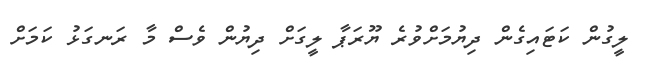
ލީގުން ކަޓައިގެން ދިޔުމަށްވުރެ ޔޫރަޕާ ލީގަށް ދިޔުން ވެސް މާ ރަނގަޅު ކަމަށް